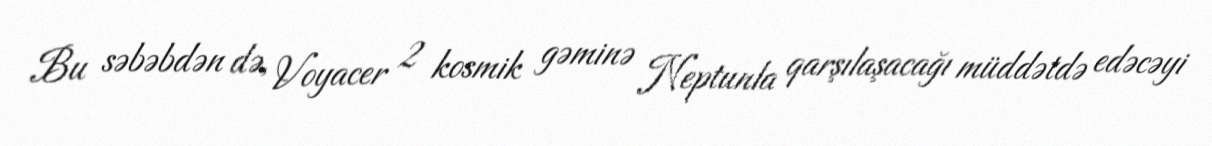
Bu səbəbdən də, Voyacer 2 kosmik gəminə Neptunla qarşılaşacağı müddətdə edəcəyi